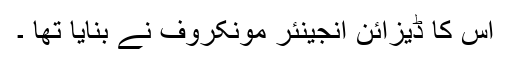
اس کا ڈیزائن انجینئر مونکروف نے بنایا تھا ۔